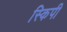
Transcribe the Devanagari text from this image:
स्किपी